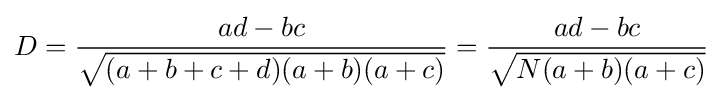
D={\frac {ad-bc}{\sqrt {(a+b+c+d)(a+b)(a+c)}}}={\frac {ad-bc}{\sqrt {N(a+b)(a+c)}}}